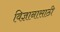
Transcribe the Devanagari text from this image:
विज्ञानासाठी